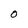
Character: O